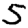
Digit: 5